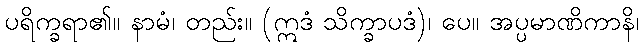
ပရိက္ခရာ၏။ နာမံ၊ တည်း။ (ဣဒံ သိက္ခာပဒံ)၊ ပေ။ အပ္ပမာဏိကာနိ၊